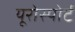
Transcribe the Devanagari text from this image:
यूरोस्पोर्ट